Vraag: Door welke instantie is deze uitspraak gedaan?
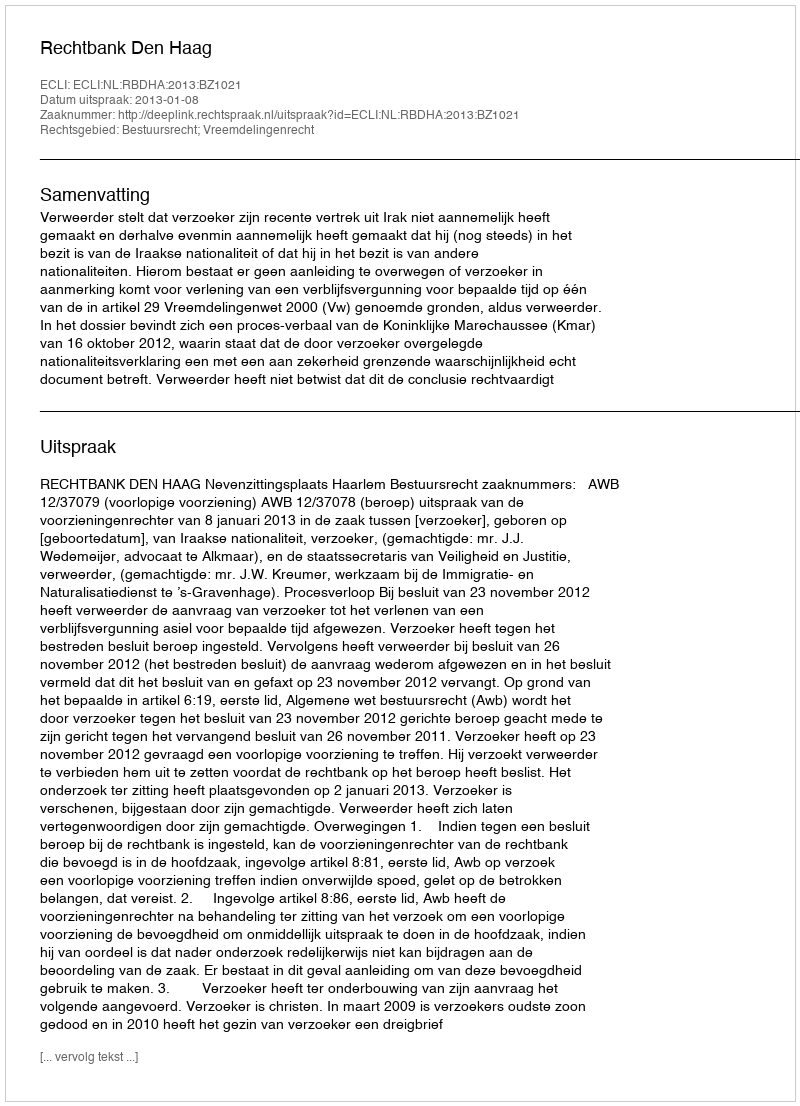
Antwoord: Rechtbank Den Haag